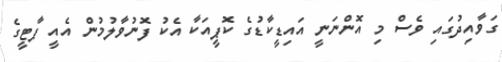
ގަވާއިދުގައި ވެސް މި އޮންނަނީ އައިޑީކާޑުގެ ކޮޕީއަކާ އެކު ފޮނުވާލުމުން އެއީ ޕާޓީގެ